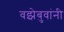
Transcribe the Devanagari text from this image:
वझेबुवांनी